Annual report on the Civil Veterinary Department, Burma (including the Insein Veterinary School) - 1932-1941
Year: 1932
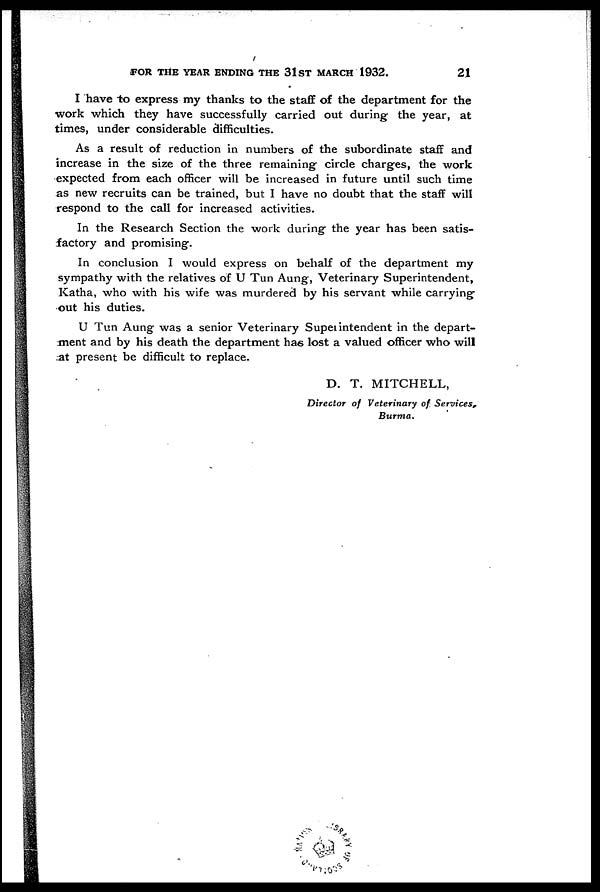
FOR THE YEAR ENDING THE 31ST MARCH 1932.
21
I have to express my thanks to the staff of the department for the
work which they have successfully carried out during the year, at
times, under considerable difficulties.
As a result of reduction in numbers of the subordinate staff and
increase in the size of the three remaining circle charges, the work
expected from each officer will be increased in future until such time
as new recruits can be trained, but I have no doubt that the staff will
respond to the call for increased activities.
In the Research Section the work during the year has been satis-
factory and promising.
In conclusion I would express on behalf of the department my
sympathy with the relatives of U Tun Aung, Veterinary Superintendent,
Katha, who with his wife was murdered by his servant while carrying-
out his duties.
U Tun Aung was a senior Veterinary Superintendent in the depart-
ment and by his death the department has lost a valued officer who will
at present be difficult to replace.
D. T. MITCHELL,
Director of Veterinary of Services.
Burma.